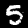
Label: 5